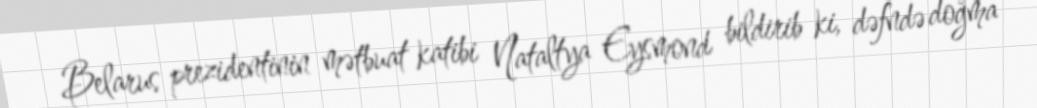
Belarus prezidentinin mətbuat katibi Nataltya Eysmond bildirib ki, dəfndə doğma